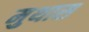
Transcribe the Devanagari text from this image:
मुथास